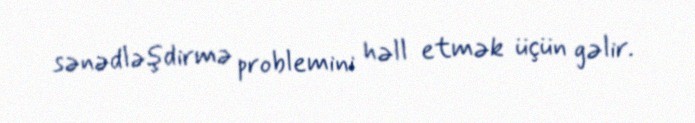
sənədləşdirmə problemini həll etmək üçün gəlir.